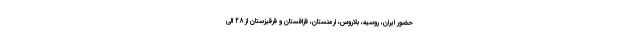
حضور ایران، روسیه، بلاروس، ارمنستان، قزاقستان و قرقیزستان از ۲۸ الی